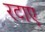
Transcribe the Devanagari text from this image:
रटाए